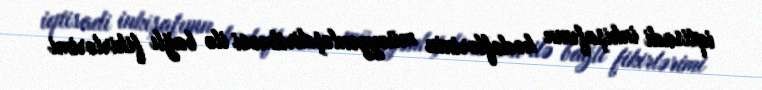
iqtisadi inkişafının hədəflərinin müəyyənləşdirilməsi ilə bağlı fikirlərimi